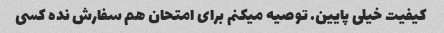
کیفیت خیلی پایین. توصیه میکنم برای امتحان هم سفارش نده کسی